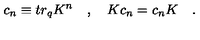
c _ { n } \equiv t r _ { q } K ^ { n } \quad , \quad K c _ { n } = c _ { n } K \quad .